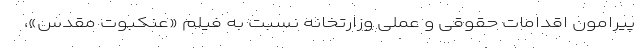
پیرامون اقدامات حقوقی و عملی وزارتخانه نسبت به فیلم «عنکبوت مقدس»،